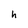
Character: h